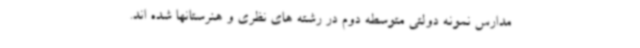
مدارس نمونه دولتی متوسطه دوم در رشته های نظری و هنرستانها شده اند.